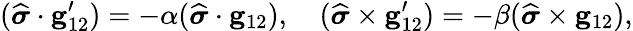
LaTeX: (\widehat{\boldsymbol{\sigma}}\cdot\mathbf{g}_{12}^{\prime})=-\alpha(\widehat{\boldsymbol{\sigma}}\cdot\mathbf{g}_{12}),\quad(\widehat{\boldsymbol{\sigma}}\times\mathbf{g}_{12}^{\prime})=-\beta(\widehat{\boldsymbol{\sigma}}\times\mathbf{g}_{12}),